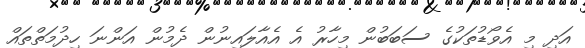
އަދި މި އެވޯޑުތަކުގެ ސަބަބުން މިހާރު އެ އެއާލައިނުން ދެމުން އަންނަ ހިދުމަތްތައް